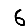
Digit: 6